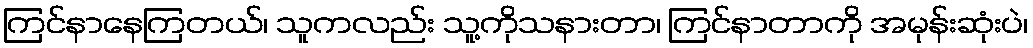
ကြင်နာနေကြတယ်၊ သူကလည်း သူ့ကိုသနားတာ၊ ကြင်နာတာကို အမုန်းဆုံးပဲ၊